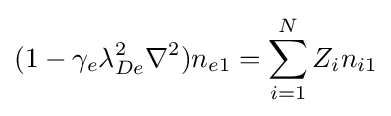
(1-\gamma _{e}\lambda _{De}^{2}\nabla ^{2})n_{e1}=\sum _{i=1}^{N}Z_{i}n_{i1}